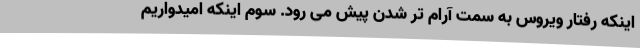
اینکه رفتار ویروس به سمت آرام تر شدن پیش می رود. سوم اینکه امیدواریم